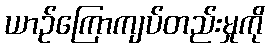
ယာဉ်ကြောကျပ်တည်းမှုကို